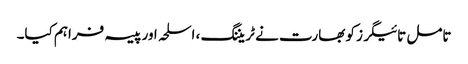
تامل تائیگرز کو بھارت نے ٹریننگ ، اسلحہ اور پیسہ فراہم کیا۔